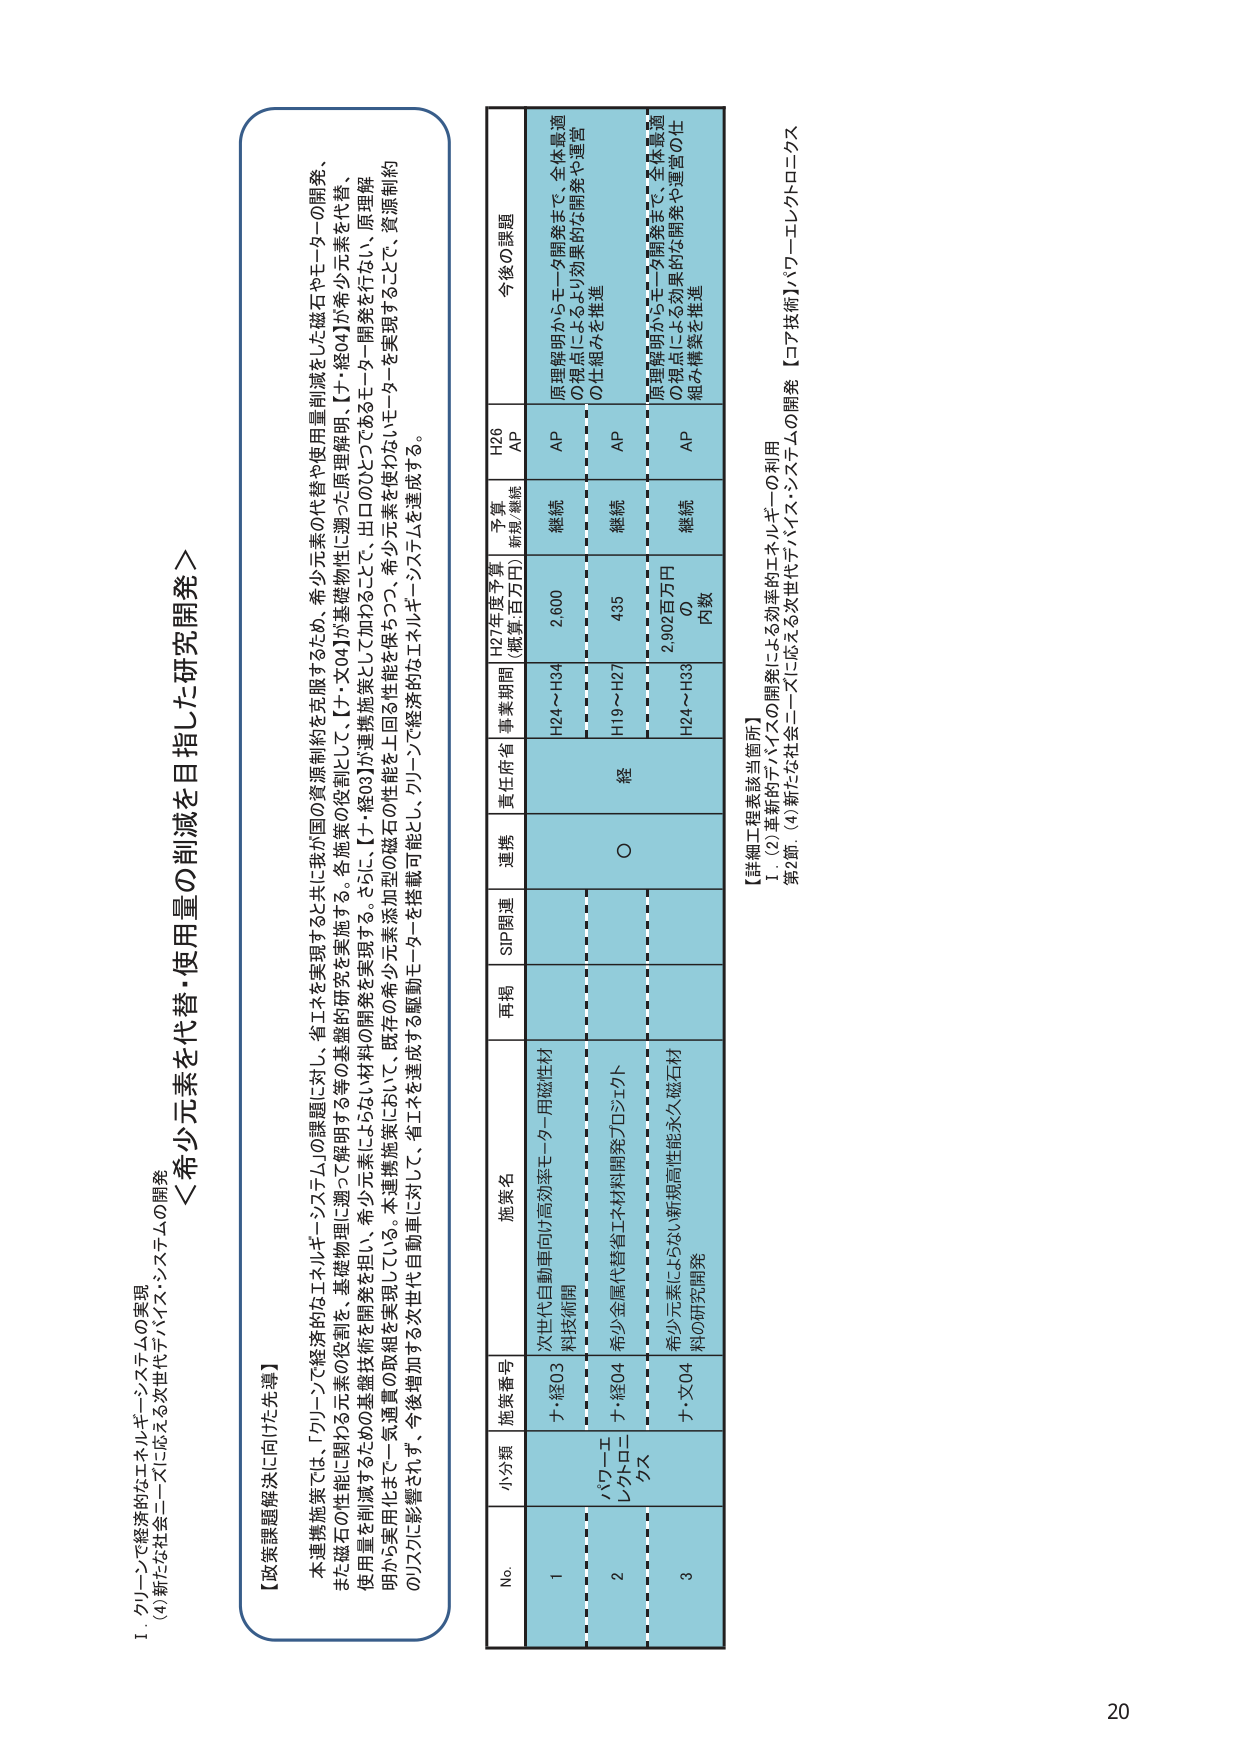
I. クリーンで経済的なエネルギー・システムの実現
(4) 新たな社会ニーズに応える次世代デバイス・システムの開発

＜希少元素を代替・使用量の削減を目指した研究開発＞

【政策課題解決に向けた先導】
本連携施策では、「クリーンで経済的なエネルギー・システム」の課題に対し、省エネを実現すると共に我が国の資源制約を克服するため、希少元素の代替や使用量削減をした磁石やモーターの開発、
また磁石の性能に関わる元素の役割を、基礎物理に遡って解明する等の基礎的研究を実施する。各施策の役割として、【ナ・経04】が基礎物性に遡った原理解明、【ナ・経03】が希少元素を代替、
使用量を削減するための基礎技術を開発を担い、希少元素によらない材料の開発を実現する。さらに、【ナ・経03】が連携施策として加わることで、出口のひとつであるモーター開発を行ない、原理解
明から実用化までを一気通貫の取組を実現している。本連携施策において、既存の希少元素添加型の磁石の性能を上回る性能を保ちつつ、希少元素を使わないモーターを実現することで、資源制約
のリスクに影響されず、今後増加する次世代自動車に対して、省エネを達成する駆動モーターを搭載可能とし、クリーンで経済的なエネルギー・システムを達成する。

No. 小分類 施策番号 施策名 再掲 SIP関連 連携 責任府省 事業期間 H27年度予算
(概算:百万円) 予算
新規/継続 H26
AP 今後の課題
1 パワーエレクトロニクス ナ・経03 次世代自動車向け高効率モーター用磁性材 科技術閣 継続 H24～H34 2,600 継続 AP 原理解明からモーター開発まで、全体最適
の視点によるより効果的な開発や運営
の仕組みを推進
2 ナ・経04 希少金属代替省エネ材料開発プロジェクト ○ 継続 H19～H27 435 継続 AP 原理解明からモーター開発まで、全体最適
の視点によるより効果的な開発や運営の仕
組み構築を推進
3 ナ・文04 希少元素によらない新規高性能永久磁石材
料の研究開発 継続 H24～H33 2,902百万円
の
内数 継続 AP

【詳細工程表該当箇所】
I. (2) 革新的デバイスの開発による効率的エネルギーの利用
第2節. (4) 新たな社会ニーズに応える次世代デバイス・システムの開発 【コア技術】パワーエレクトロニクス

20